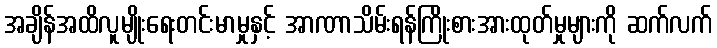
အချိန်အထိလူမျိုးရေးတင်းမာမှုနှင့် အာဏာသိမ်းရန်ကြိုးစားအားထုတ်မှုများကို ဆက်လက်